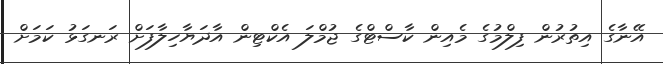
އޭނާގެ އިތުރުން ފިލްމުގެ މެއިން ކާސްޓްގެ ޖުމްލަ އެކްޓިން އާދަޔާހިލާފަށް ރަނގަޅު ކަމަށް